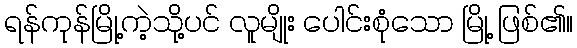
ရန်ကုန်မြို့ကဲ့သို့ပင် လူမျိုး ပေါင်းစုံသော မြို့ ဖြစ်၏။